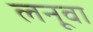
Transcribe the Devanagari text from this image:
लनूवा